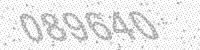
Solution: 089640